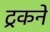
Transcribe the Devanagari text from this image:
ट्रकने